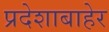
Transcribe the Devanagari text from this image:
प्रदेशाबाहेर